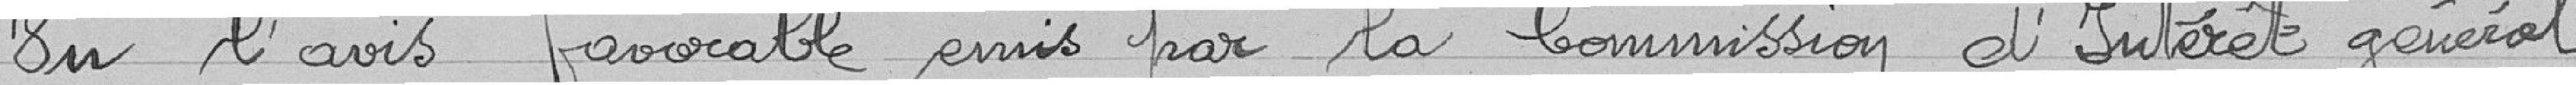
Vu l'avis favorable émis par la commission d'intérêt général